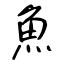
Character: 魚